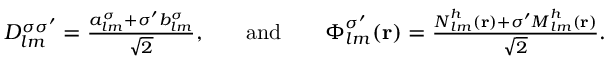
\begin{array} { r l r l r } { D _ { l m } ^ { \sigma \sigma ^ { \prime } } = \frac { { a _ { l m } ^ { \sigma } + \sigma ^ { \prime } b _ { l m } ^ { \sigma } } } { \sqrt { 2 } } , } & { } & { \mathrm { a n d } } & { } & { \boldsymbol { \Phi } _ { l m } ^ { \sigma ^ { \prime } } ( { \bf r } ) = \frac { { \boldsymbol { N } } _ { l m } ^ { h } ( { \bf r } ) + \sigma ^ { \prime } { \boldsymbol { M } } _ { l m } ^ { h } ( { \bf r } ) } { \sqrt { 2 } } . } \end{array}